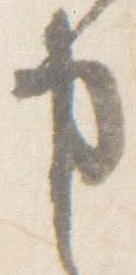
申